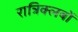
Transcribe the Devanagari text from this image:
रात्रिक्लबों